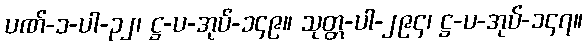
ပဏ်-၁-ပါ-၃၂၊ ဋ္ဌ-ပ-အုပ်-၁၄၉။ သုတ္တ-ပါ-၂၉၄၊ ဋ္ဌ-ပ-အုပ်-၁၄၇။